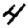
Digit: 4